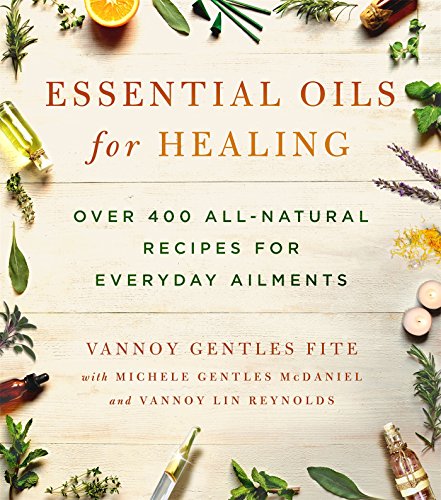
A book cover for Essential Oils for Healing: Over 400 All-Natural Recipes for Everyday Ailments; Vannoy Gentles Fite; Health, Fitness & Dieting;